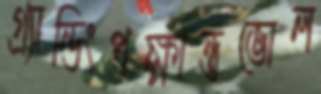
গ্র্যান্ডিংপক্ষান্তভোল